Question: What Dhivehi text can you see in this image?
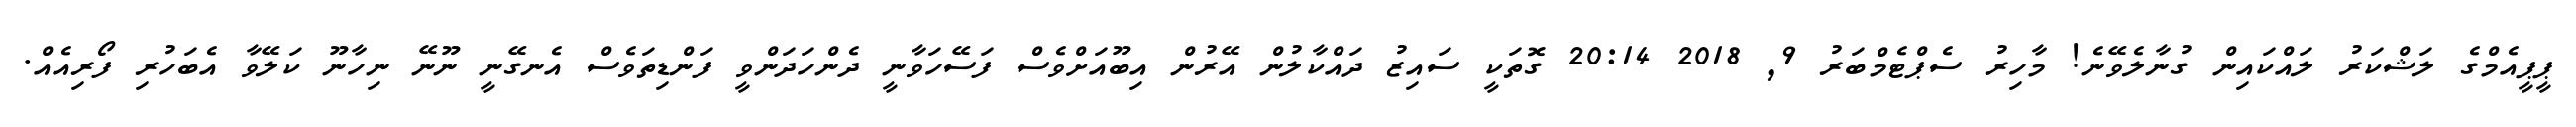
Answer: ޕީޕީއެމްގެ ލަޝްކަރު ލައްކައިން ގުނާލެވޭނެ! މާހިރު ސެޕްޓެމްބަރު 9, 2018 20:14 ގޮތަކީ ސައިޒު ދައްކާލުން އޭރުން އިބޫއަށްވެސް ފަސޭހަވާނީ ދެންހަދަންވީ ފަންޑިތަވެސް އެނގޭނީ ނޫނޭ ނިހާނޫ ކަލޭވާ އެބަހުރި ފޯރިއެއް.